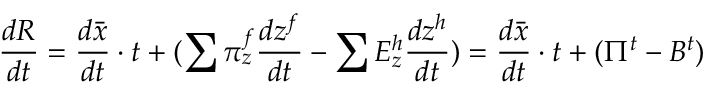
{ \frac { d R } { d t } } = { \frac { d { \bar { x } } } { d t } } \cdot t + ( \sum \pi _ { z } ^ { f } { \frac { d z ^ { f } } { d t } } - \sum E _ { z } ^ { h } { \frac { d z ^ { h } } { d t } } ) = { \frac { d { \bar { x } } } { d t } } \cdot t + ( \Pi ^ { t } - B ^ { t } )